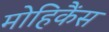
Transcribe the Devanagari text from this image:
मोहिकैंस